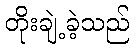
တိုးချဲ့ခဲ့သည်